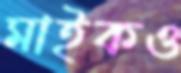
মাইকও